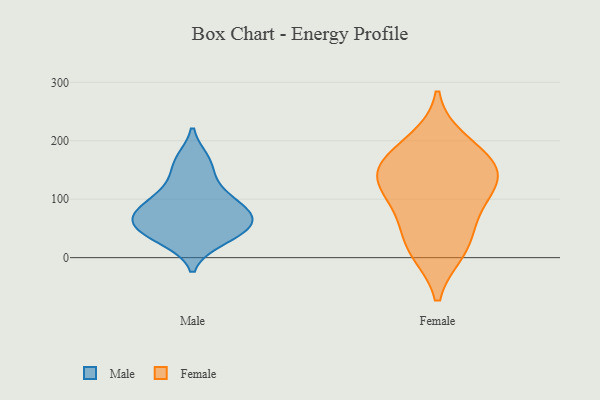
{"axis": {"x": "Temperature (°C)", "y": "Value"}, "legend": ["Female", "Male"], "data": [{"x": "", "y": 118, "type": "Male"}, {"x": "", "y": 31, "type": "Male"}, {"x": "", "y": 159, "type": "Male"}, {"x": "", "y": 52, "type": "Male"}, {"x": "", "y": 46, "type": "Male"}, {"x": "", "y": 166, "type": "Male"}, {"x": "", "y": 67, "type": "Male"}, {"x": "", "y": 35, "type": "Male"}, {"x": "", "y": 106, "type": "Male"}, {"x": "", "y": 70, "type": "Male"}, {"x": "", "y": 79, "type": "Male"}, {"x": "", "y": 66, "type": "Male"}, {"x": "", "y": 89, "type": "Male"}, {"x": "", "y": 140, "type": "Female"}, {"x": "", "y": 90, "type": "Female"}, {"x": "", "y": 154, "type": "Female"}, {"x": "", "y": 199, "type": "Female"}, {"x": "", "y": 122, "type": "Female"}, {"x": "", "y": 139, "type": "Female"}, {"x": "", "y": 17, "type": "Female"}, {"x": "", "y": 12, "type": "Female"}, {"x": "", "y": 172, "type": "Female"}, {"x": "", "y": 62, "type": "Female"}]}